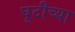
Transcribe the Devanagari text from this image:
घूटीच्या